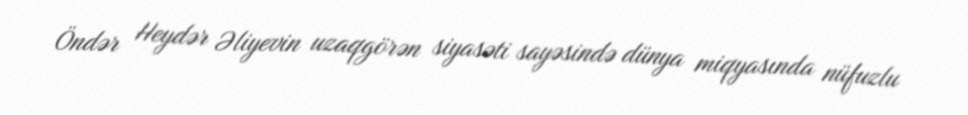
Öndər Heydər Əliyevin uzaqgörən siyasəti sayəsində dünya miqyasında nüfuzlu